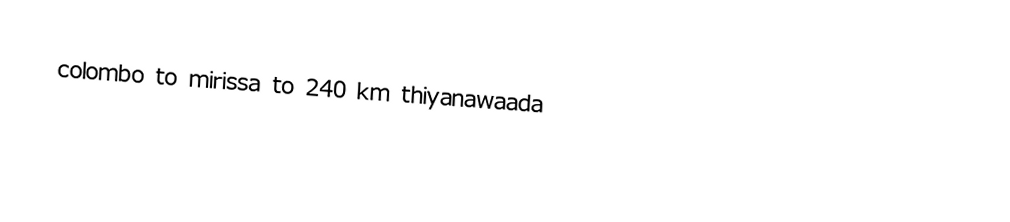
colombo to  mirissa to     240 km thiyanawaada